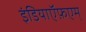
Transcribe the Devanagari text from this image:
इंडियाऍफ़एम्